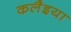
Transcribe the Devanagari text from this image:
कलैइया